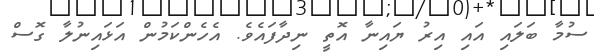
ސުމާ ބަލައި އައި އިރު ޔައިނާ އޮތީ ނިދާފައެވެ. އެހެންކަމުން އަޅައިނުލާ ގޮސް